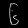
Digit: ၆